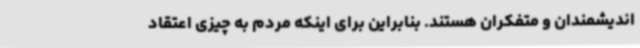
اندیشمندان و متفکران هستند. بنابراین برای اینکه مردم به چیزی اعتقاد